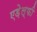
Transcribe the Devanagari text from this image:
एड़ेल्फी